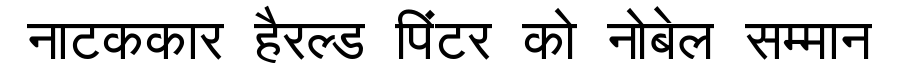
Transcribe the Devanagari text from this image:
नाटककार हैरल्ड पिंटर को नोबेल सम्मान